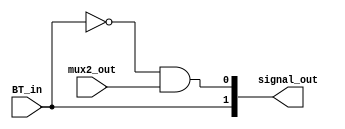
module logic_block(
    input BT_in,   
    input mux2_out,
	output [1:0] signal_out
);

assign signal_out[1] = BT_in;
assign signal_out[0]= ~BT_in && mux2_out;

endmodule